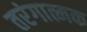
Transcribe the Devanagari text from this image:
तरंगात्मक